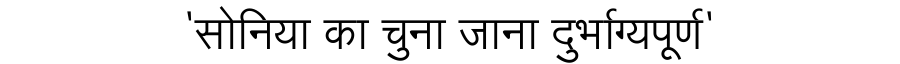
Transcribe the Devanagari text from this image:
'सोनिया का चुना जाना दुर्भाग्यपूर्ण'